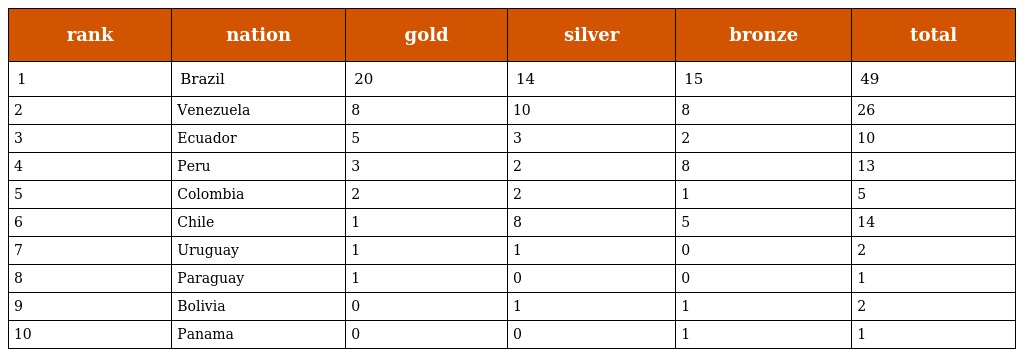
| rank | nation | gold | silver | bronze | total |
 | --- | --- | --- | --- | --- | --- |
 | 1 | Brazil | 20 | 14 | 15 | 49 |
 | 2 | Venezuela | 8 | 10 | 8 | 26 |
 | 3 | Ecuador | 5 | 3 | 2 | 10 |
 | 4 | Peru | 3 | 2 | 8 | 13 |
 | 5 | Colombia | 2 | 2 | 1 | 5 |
 | 6 | Chile | 1 | 8 | 5 | 14 |
 | 7 | Uruguay | 1 | 1 | 0 | 2 |
 | 8 | Paraguay | 1 | 0 | 0 | 1 |
 | 9 | Bolivia | 0 | 1 | 1 | 2 |
 | 10 | Panama | 0 | 0 | 1 | 1 |